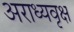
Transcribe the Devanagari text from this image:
अराध्यवृक्ष